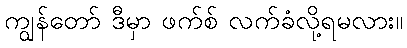
ကျွန်တော် ဒီမှာ ဖက်စ် လက်ခံလို့ရမလား။